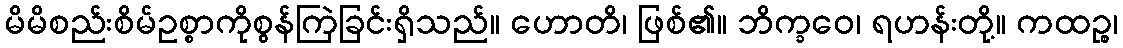
မိမိစည်းစိမ်ဥစ္စာကိုစွန်ကြဲခြင်းရှိသည်။ ဟောတိ၊ ဖြစ်၏။ ဘိက္ခဝေ၊ ရဟန်းတို့။ ကထဉ္စ၊